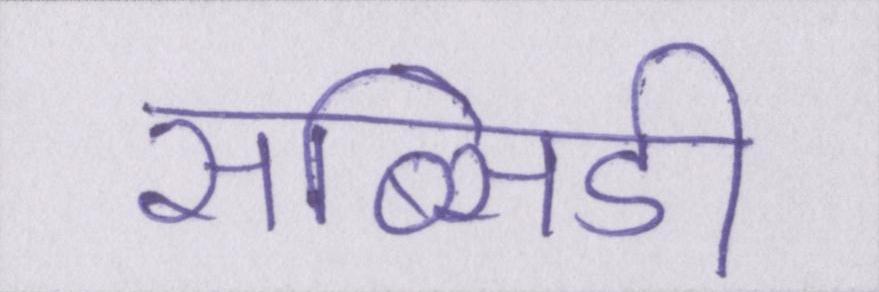
सब्सिडी